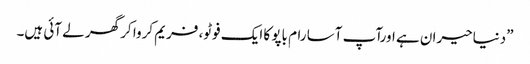
”دنیاحیران ہے اورآپ آسا رام باپو کا ایک فوٹو، فریم کروا کر گھر لے آئی ہیں۔